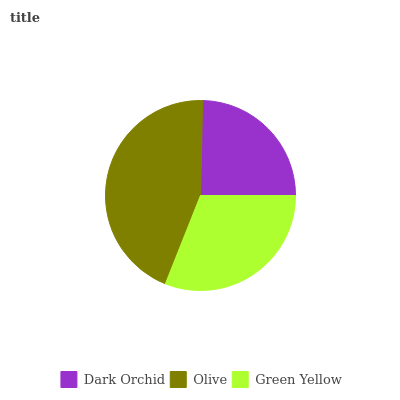
| Dark Orchid | Olive | Green Yellow |
 | --- | --- | --- |
 | 24.6% | 44.4% | 31% |